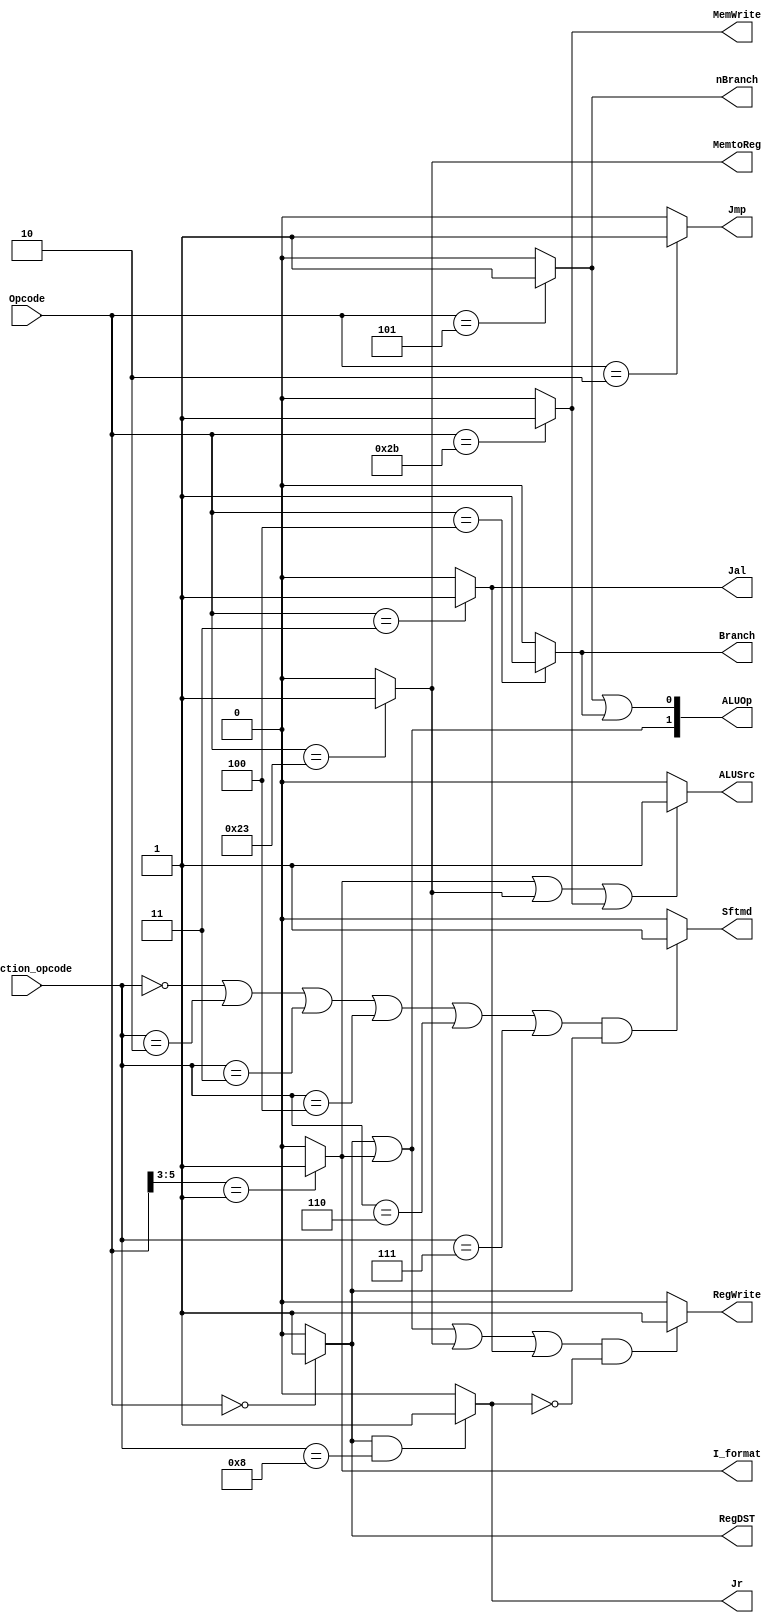
`timescale 1ns / 1ps
//////////////////////////////////////////////////////////////////////////////////
// Company: SUSTech
// 
// Design Name: 
// Module Name: controller
// Project Name: CPU
// Target Devices: 
// Tool Versions: 
// Description: 
// 
// Dependencies: 
// 
// Revision:
// Revision 0.01 - File Created
// Additional Comments:
// 
//////////////////////////////////////////////////////////////////////////////////

module control32(Opcode,Function_opcode,Jr,RegDST,ALUSrc,MemtoReg,RegWrite,MemWrite,Branch,nBranch,Jmp,Jal,I_format,Sftmd,ALUOp);
    
    
    input[5:0]   Opcode;            // IFetch6bitinstruction[31..26]
    input[5:0]   Function_opcode;  	// IFetch6bitr-instructions[5..0]
    output       Jr;         	 // 1jr0jr
    output       RegDST;          // 1rdrt
    output       ALUSrc;          // 1ALUBinputbeqbne0
    output       MemtoReg;     // 1I/O
    output       RegWrite;   	  //  1
    output       MemWrite;       //  1
    output       Branch;        //  1beq0beq
    output       nBranch;       //  1Bne0bne
    output       Jmp;            //  1J0J
    output       Jal;            //  1Jal0Jal
    output       I_format;      //  1beqbneLWSWI-
    output       Sftmd;         //  10
    output[1:0]  ALUOp;        //  R-I_format=11bit1, beqbne0bit1

    wire lw, sw, beq, bne;
    wire R_format;

    assign beq = (Opcode == 6'b00_0100)?1:0;
    assign bne = (Opcode == 6'b00_0101)?1:0;

    assign lw = (Opcode == 6'b10_0011)?1:0;
    assign sw = (Opcode == 6'b10_1011)?1:0;

    assign Jmp = (Opcode == 2)?1:0;
    assign Jal = (Opcode == 3)?1:0;
    assign Jr = (R_format && Function_opcode == 8)?1:0;

    assign R_format = (Opcode == 6'b0)?1:0;
    assign RegDST = R_format;

    assign I_format = (Opcode[5:3] == 3'b001)?1:0; //  lw, sw, beq, bne  opcode  3'b001
    assign ALUSrc = (I_format || lw || sw)?1:0; //  1 
    assign MemtoReg = lw; //  1 ,  lw 
    assign RegWrite = ((R_format || I_format || lw || Jal) && !(Jr))?1:0;
    assign MemWrite = sw;
    assign Branch = beq;
    assign nBranch = bne;

    assign ALUOp = {R_format || I_format, bne || beq}; 

    assign Sftmd = (((Function_opcode==6'b000000)||(Function_opcode==6'b000010)
            ||(Function_opcode==6'b000011)||(Function_opcode==6'b000100)
            ||(Function_opcode==6'b000110)||(Function_opcode==6'b000111))
                && R_format)? 1'b1:1'b0;
    
endmodule